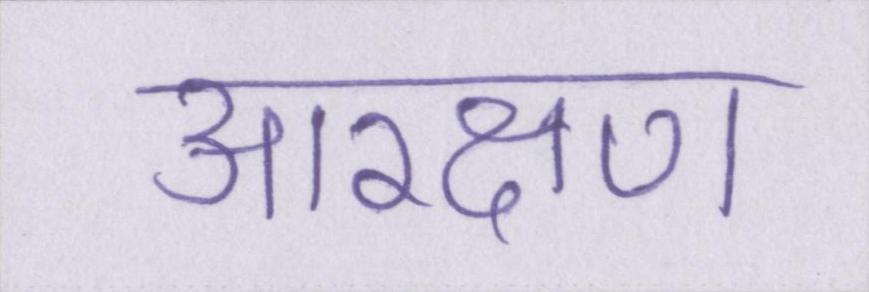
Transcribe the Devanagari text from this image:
आरक्षण